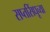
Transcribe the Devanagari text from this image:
सप्तसिंधूच्या